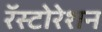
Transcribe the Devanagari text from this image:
रॅस्टोरेशन